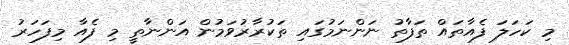
މި ކަހަލަ ފެއާތައް ތަފާތު ނަންނަމުގައި ތަކުރާރުވަމުން އަންނާތީ މި ފެއާ މިފަހަރު